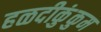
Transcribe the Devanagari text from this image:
हळदीकुंकुम